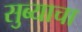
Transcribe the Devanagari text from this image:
सुब्याचा